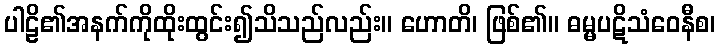
ပါဠိ၏အနက်ကိုထိုးထွင်း၍သိသည်လည်း။ ဟောတိ၊ ဖြစ်၏။ ဓမ္မပဋိသံဝေနီစ၊